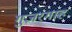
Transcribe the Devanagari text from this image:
गुज़रगाह